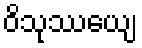
ဝိသုဿေယျ